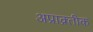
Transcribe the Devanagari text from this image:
अप्राक्र्तीक